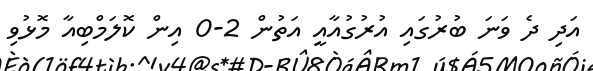
އަދި ދެ ވަނަ ބުރުގައި އުރުގުއާއީ އަތުން 2-0 އިން ކޮލަމްބިއާ މޮޅުވި